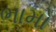
ભામો